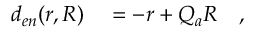
\begin{array} { r l } { d _ { e n } ( r , R ) } & { { } = - r + Q _ { a } R \quad , } \end{array}